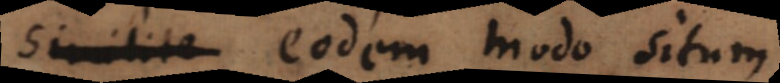
similite eodem modo situm.